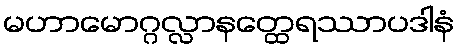
မဟာမောဂ္ဂလ္လာနတ္ထေရဿာပဒါနံ